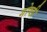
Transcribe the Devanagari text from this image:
गोष्‍ठी